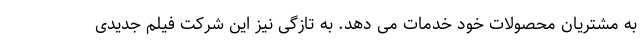
به مشتریان محصولات خود خدمات می دهد. به تازگی نیز این شرکت فیلم جدیدی